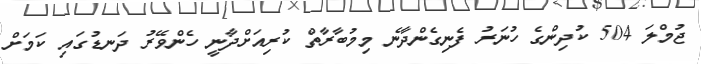
ޖުމްލަ 504 ކުދިންގެ ހުނަރު ފެނިގެންދާނެ މިމުބާރާތް ކުރިއަށްދާނީ ހެންވޭރު ދަނޑުގައި ކަމަށް